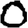
Digit: 0